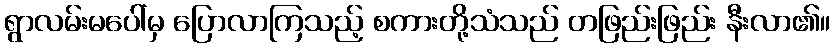
ရွာလမ်းမပေါ်မှ ပြောလာကြသည့် စကားတို့သံသည် တဖြည်းဖြည်း နီးလာ၏။